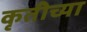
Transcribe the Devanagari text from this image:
कृतीच्या